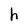
Character: h